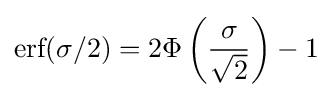
{\textrm {erf}}(\sigma /2)=2\Phi \left({\frac {\sigma }{\sqrt {2}}}\right)-1